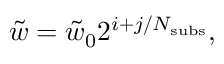
\tilde { w } = \tilde { w } _ { 0 } 2 ^ { i + j / N _ { \mathrm { s u b s } } } ,